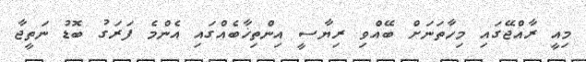
މިއީ ރާއްޖޭގައި މިހާތަނަށް ބޭއްވި ރިޔާސީ އިންތިޚާބެއްގައި އެންމެ ފަރަގު ބޮޑު ނަތީޖާ